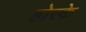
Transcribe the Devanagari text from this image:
होरके